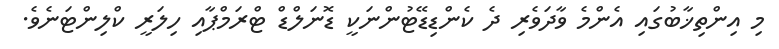
މި އިންތިޚާބުގައި އެންމެ ވާދަވެރި ދެ ކެންޑިޑޭޓުންނަކީ ޑޮނަލްޑް ޓްރަމްޕާއި ހިލަރީ ކްލިންޓަނެވެ.